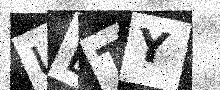
Text: UETY